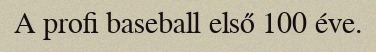
A profi baseball első 100 éve.